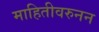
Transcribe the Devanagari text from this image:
माहितीवरुनन